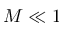
M \ll 1